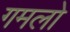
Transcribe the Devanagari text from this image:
गमलो